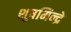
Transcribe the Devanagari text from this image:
शूषमिन्द्रे